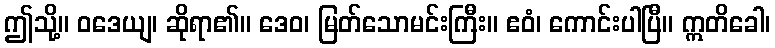
ဤသို့။ ဝဒေယျ၊ ဆိုရာ၏။ ဒေဝ၊ မြတ်သောမင်းကြီး။ ဧဝံ၊ ကောင်းပါပြီ။ ဣတိခေါ၊